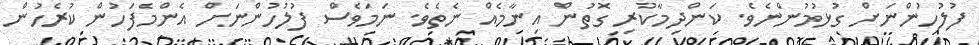
ފުލުހުންނަށް ގުޅުމުންނެވެ. ކަންދިމާކުރި ގޮތުން އިނާމެއް ނެތެވެ. ނަމަވެސް ފުލުހުންނަށް އެންމެފަހުން ކުރެހުން